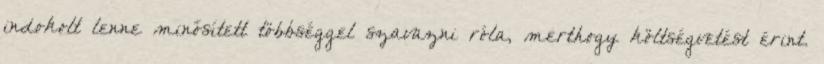
indokolt lenne minősített többséggel szavazni róla, merthogy költségvetést érint.